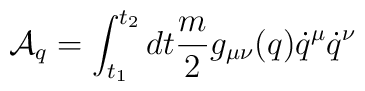
{\cal A}_q = \int^{t_2}_{t_1}   dt\frac{m}{2} g_{\mu \nu} (q)	\dot q^ \mu \dot q^ \nu